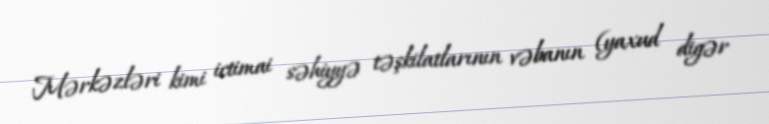
Mərkəzləri kimi ictimai səhiyyə təşkilatlarının vəbanın (yaxud digər